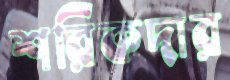
শরিকদার